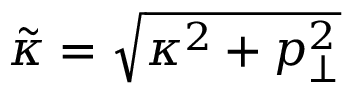
\tilde { \kappa } = \sqrt { \kappa ^ { 2 } + p _ { \perp } ^ { 2 } }